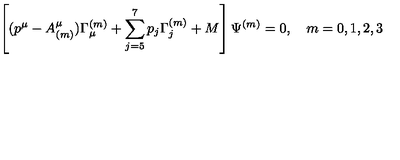
\left[ ( p ^ { \mu } - A _ { ( m ) } ^ { \mu } ) \Gamma _ { \mu } ^ { ( m ) } + \sum _ { j = 5 } ^ { 7 } p _ { j } \Gamma _ { j } ^ { ( m ) } + M \right] \Psi ^ { ( m ) } = 0 , \quad m = 0 , 1 , 2 , 3